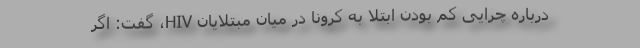
درباره چرایی کم بودن ابتلا به کرونا در میان مبتلایان HIV، گفت: اگر